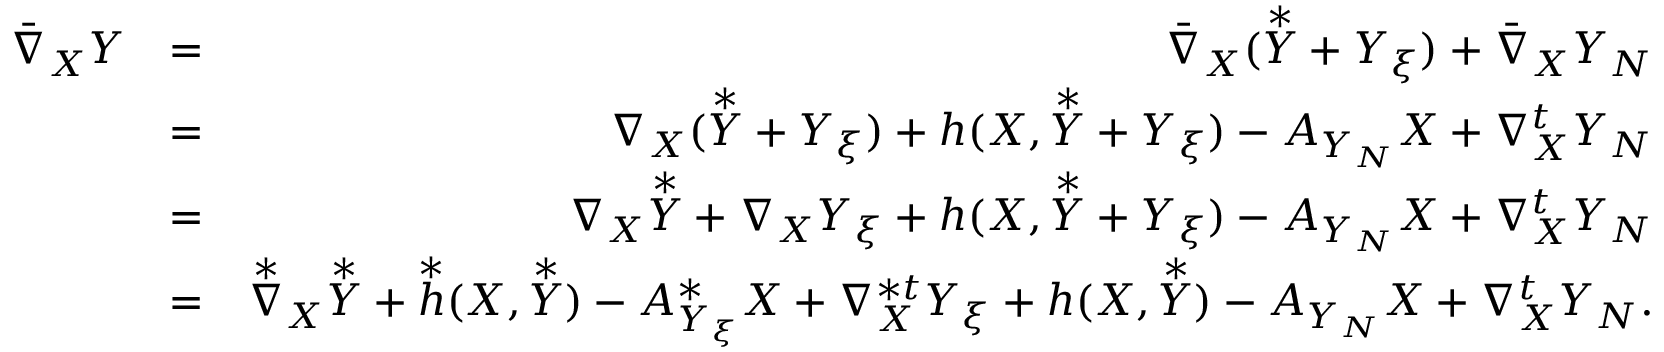
\begin{array} { r l r } { \bar { \nabla } _ { X } Y } & { = } & { \bar { \nabla } _ { X } ( \overset { * } { Y } + Y _ { \xi } ) + \bar { \nabla } _ { X } Y _ { N } } \\ & { = } & { \nabla _ { X } ( \overset { * } { Y } + Y _ { \xi } ) + h ( X , \overset { * } { Y } + Y _ { \xi } ) - A _ { Y _ { N } } X + \nabla _ { X } ^ { t } Y _ { N } } \\ & { = } & { \nabla _ { X } \overset { * } { Y } + \nabla _ { X } Y _ { \xi } + h ( X , \overset { * } { Y } + Y _ { \xi } ) - A _ { Y _ { N } } X + \nabla _ { X } ^ { t } Y _ { N } } \\ & { = } & { \overset { * } { \nabla } _ { X } \overset { * } { Y } + \overset { * } { h } ( X , \overset { * } { Y } ) - A _ { Y _ { \xi } } ^ { * } X + \nabla _ { X } ^ { * t } Y _ { \xi } + h ( X , \overset { * } { Y } ) - A _ { Y _ { N } } X + \nabla _ { X } ^ { t } Y _ { N } . } \end{array}